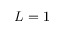
L = 1